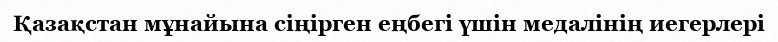
Қазақстан мұнайына сіңірген еңбегі үшін медалінің иегерлері